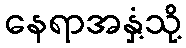
နေရာအနှံ့သို့